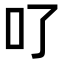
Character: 𠮩